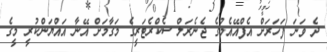
ދެ ވަނަ ފަހަރަށް އެފްއޭއެމުގެ ޖެނެރަލް ސެކްރެޓަރީގެ މަގާމަށް އޭނާ އައްޔަންކުރީ މީގެ